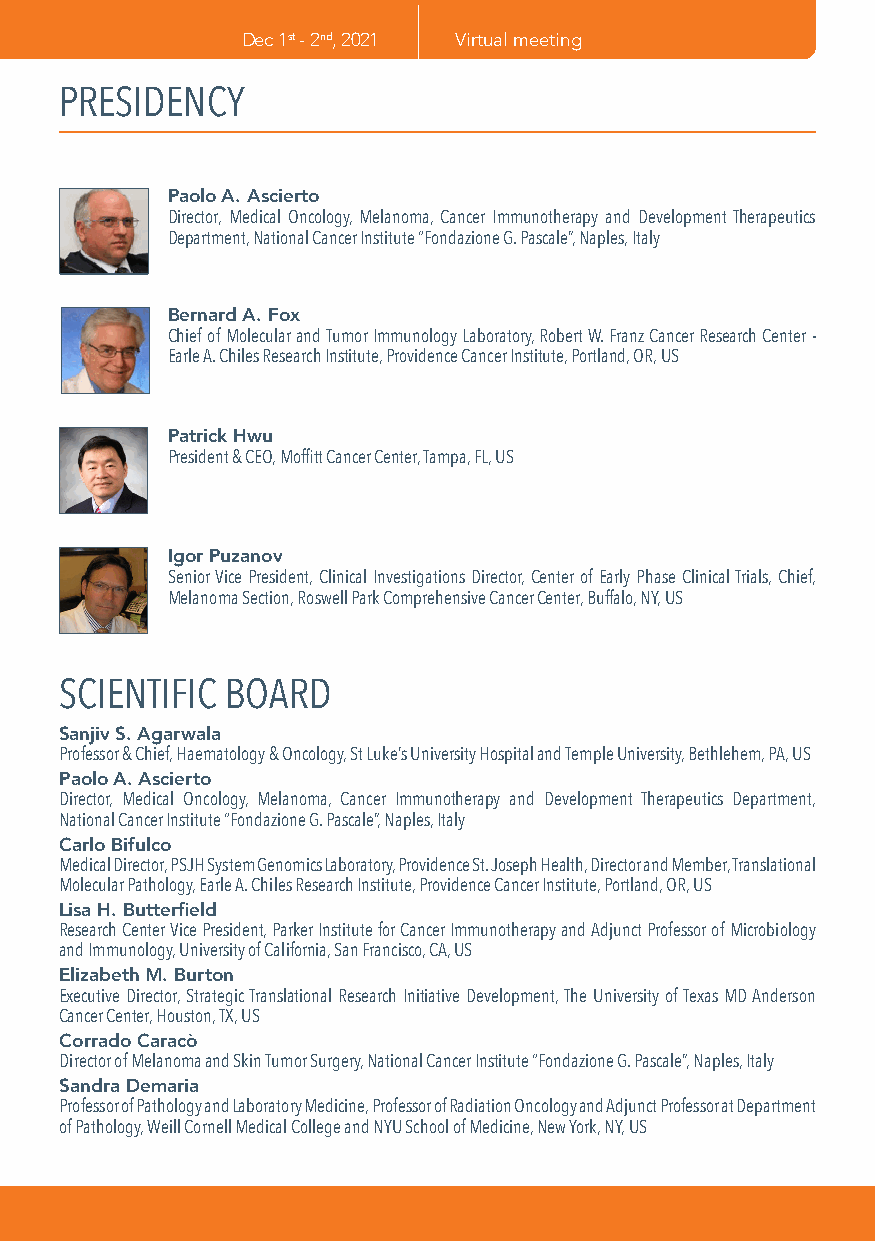
Dec 1st - 2nd, 2021 Virtual meeting
 PRESIDENCY
 Paolo A. Ascierto
 Director, Medical Oncology, Melanoma, Cancer Immunotherapy and Development Therapeutics
 Department, National Cancer Institute “Fondazione G. Pascale”, Naples, Italy
 Bernard A. Fox
 Chief of Molecular and Tumor Immunology Laboratory, Robert W. Franz Cancer Research Center -
 Earle A. Chiles Research Institute, Providence Cancer Institute, Portland, OR, US
 Patrick Hwu
 President & CEO, Moffitt Cancer Center, Tampa, FL, US
 Igor Puzanov
 Senior Vice President, Clinical Investigations Director, Center of Early Phase Clinical Trials, Chief,
 Melanoma Section, Roswell Park Comprehensive Cancer Center, Buffalo, NY, US
 SCIENTIFIC BOARD
 Sanjiv S. Agarwala
 Professor & Chief, Haematology & Oncology, St Luke’s University Hospital and Temple University, Bethlehem, PA, US
 Paolo A. Ascierto
 Director, Medical Oncology, Melanoma, Cancer Immunotherapy and Development Therapeutics Department,
 National Cancer Institute “Fondazione G. Pascale”, Naples, Italy
 Carlo Bifulco
 Medical Director, PSJH System Genomics Laboratory, Providence St. Joseph Health, Director and Member, Translational
 Molecular Pathology, Earle A. Chiles Research Institute, Providence Cancer Institute, Portland, OR, US
 Lisa H. Butterfield
 Research Center Vice President, Parker Institute for Cancer Immunotherapy and Adjunct Professor of Microbiology
 and Immunology, University of California, San Francisco, CA, US
 Elizabeth M. Burton
 Executive Director, Strategic Translational Research Initiative Development, The University of Texas MD Anderson
 Cancer Center, Houston, TX, US
 Corrado Caracò
 Director of Melanoma and Skin Tumor Surgery, National Cancer Institute “Fondazione G. Pascale”, Naples, Italy
 Sandra Demaria
 Professor of Pathology and Laboratory Medicine, Professor of Radiation Oncology and Adjunct Professor at Department
 of Pathology, Weill Cornell Medical College and NYU School of Medicine, New York, NY, US